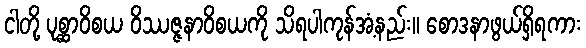
ငါတို့ ပုစ္ဆာဝိစယ ဝိဿဇ္ဇနာဝိစယကို သိရပါကုန်အံ့နည်း။ စောဒနာဖွယ်ရှိရကား